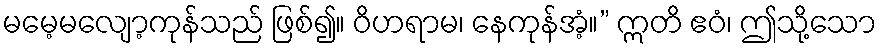
မမေ့မလျော့ကုန်သည် ဖြစ်၍။ ဝိဟရာမ၊ နေကုန်အံ့။” ဣတိ ဧဝံ၊ ဤသို့သော